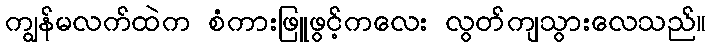
ကျွန်မလက်ထဲက စံကားဖြူဖွင့်ကလေး လွတ်ကျသွားလေသည်။